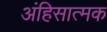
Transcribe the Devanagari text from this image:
अंहिसात्मक